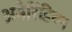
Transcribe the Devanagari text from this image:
अमेरिंडियन